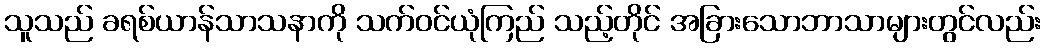
သူသည် ခရစ်ယာန်သာသနာကို သက်ဝင်ယုံကြည် သည့်တိုင် အခြားသောဘာသာများတွင်လည်း